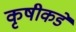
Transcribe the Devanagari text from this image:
कृषीकडे